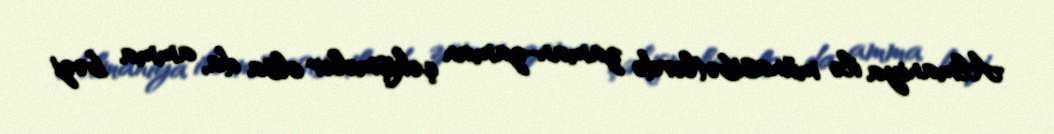
Almaniya ilə münasibətlərdə zaman-zaman çəkişmələr olsa da, amma bəzi